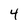
Character: 4